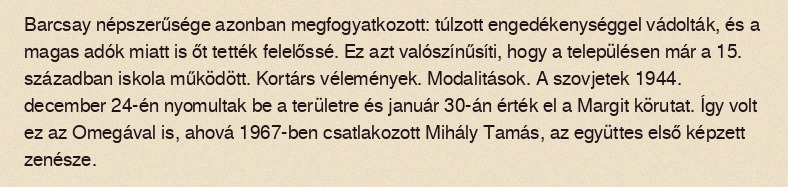
Barcsay népszerűsége azonban megfogyatkozott: túlzott engedékenységgel vádolták, és a magas adók miatt is őt tették felelőssé. Ez azt valószínűsíti, hogy a településen már a 15. században iskola működött. Kortárs vélemények. Modalitások. A szovjetek 1944. december 24-én nyomultak be a területre és január 30-án érték el a Margit körutat. Így volt ez az Omegával is, ahová 1967-ben csatlakozott Mihály Tamás, az együttes első képzett zenésze.